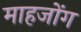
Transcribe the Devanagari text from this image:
माहजोंग